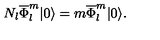
N _ { l } \overline { { \Phi } } _ { l } ^ { m } | 0 \rangle = m \overline { { \Phi } } _ { l } ^ { m } | 0 \rangle .